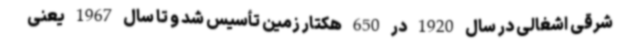
شرقی اشغالی در سال 1920 در 650 هکتار زمین تأسیس شد و تا سال 1967 یعنی